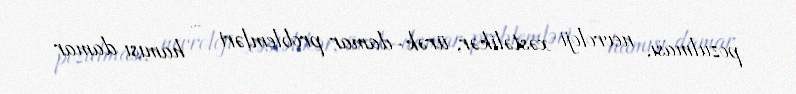
pozulması, nevroloji xəstəlikər, ürək-damar problemləri – hamısı damar